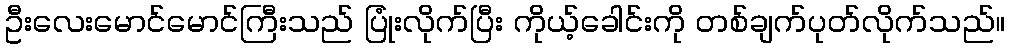
ဦးလေးမောင်မောင်ကြီးသည် ပြုံးလိုက်ပြီး ကိုယ့်ခေါင်းကို တစ်ချက်ပုတ်လိုက်သည်။